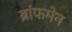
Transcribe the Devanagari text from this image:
ब्रांफमेन